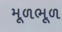
મૂળભૂળ